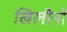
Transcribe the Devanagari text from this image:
खिलौनो